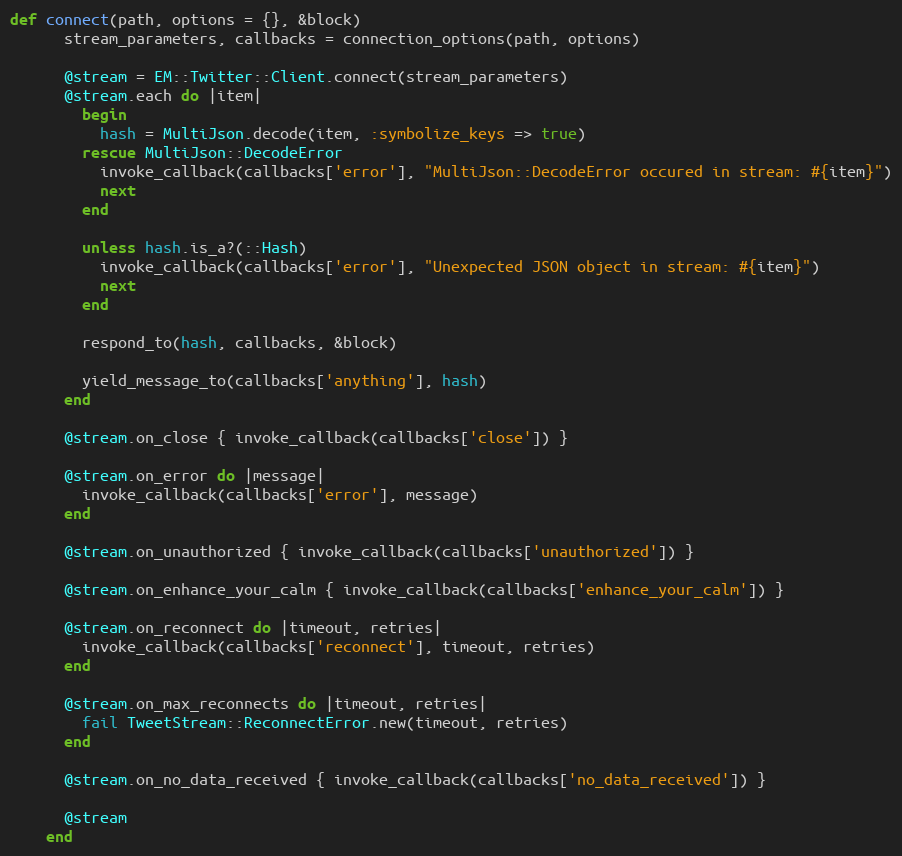
Language: Ruby
def connect(path, options = {}, &block)
      stream_parameters, callbacks = connection_options(path, options)

      @stream = EM::Twitter::Client.connect(stream_parameters)
      @stream.each do |item|
        begin
          hash = MultiJson.decode(item, :symbolize_keys => true)
        rescue MultiJson::DecodeError
          invoke_callback(callbacks['error'], "MultiJson::DecodeError occured in stream: #{item}")
          next
        end

        unless hash.is_a?(::Hash)
          invoke_callback(callbacks['error'], "Unexpected JSON object in stream: #{item}")
          next
        end

        respond_to(hash, callbacks, &block)

        yield_message_to(callbacks['anything'], hash)
      end

      @stream.on_close { invoke_callback(callbacks['close']) }

      @stream.on_error do |message|
        invoke_callback(callbacks['error'], message)
      end

      @stream.on_unauthorized { invoke_callback(callbacks['unauthorized']) }

      @stream.on_enhance_your_calm { invoke_callback(callbacks['enhance_your_calm']) }

      @stream.on_reconnect do |timeout, retries|
        invoke_callback(callbacks['reconnect'], timeout, retries)
      end

      @stream.on_max_reconnects do |timeout, retries|
        fail TweetStream::ReconnectError.new(timeout, retries)
      end

      @stream.on_no_data_received { invoke_callback(callbacks['no_data_received']) }

      @stream
    end